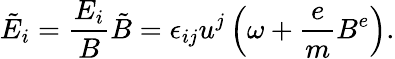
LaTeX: \tilde{E}_{i}=\frac{E_{i}}{B}\tilde{B}=\epsilon_{ij}u^{j}\left(\omega+\frac{e}{m}B^{e}\right).